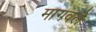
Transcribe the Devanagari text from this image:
मागवले